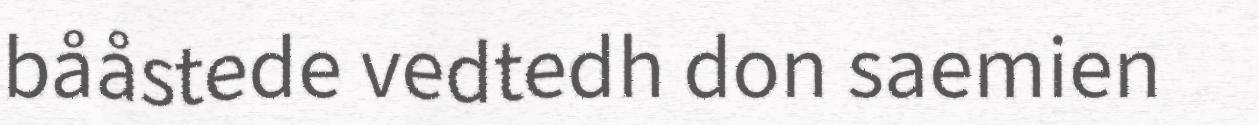
bååstede vedtedh don saemien